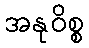
အနုဝိစ္စ